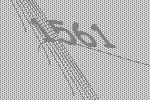
1561